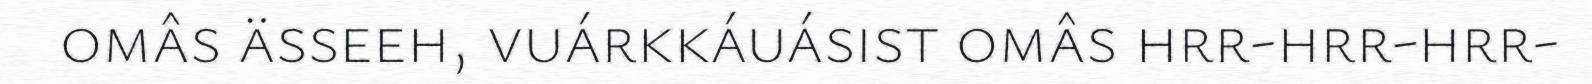
omâs ässeeh, vuárkkáuásist omâs hrr-hrr-hrr-